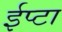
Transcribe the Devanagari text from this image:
ईप्टा